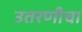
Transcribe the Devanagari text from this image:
उतरणीचा